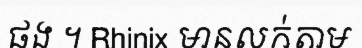
ផង ។ Rhinix មានលក់តាម